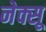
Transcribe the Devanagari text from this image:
नेक्सू